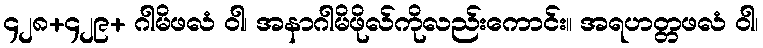
၄၂၈+၄၂၉+ ဂါမိဖလံ ဝါ၊ အနာဂါမိဖိုလ်ကိုလည်းကောင်း။ အရဟတ္တဖလံ ဝါ၊